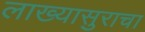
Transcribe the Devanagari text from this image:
लाख्यासुराचा